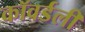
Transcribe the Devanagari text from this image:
कॉवर्डली